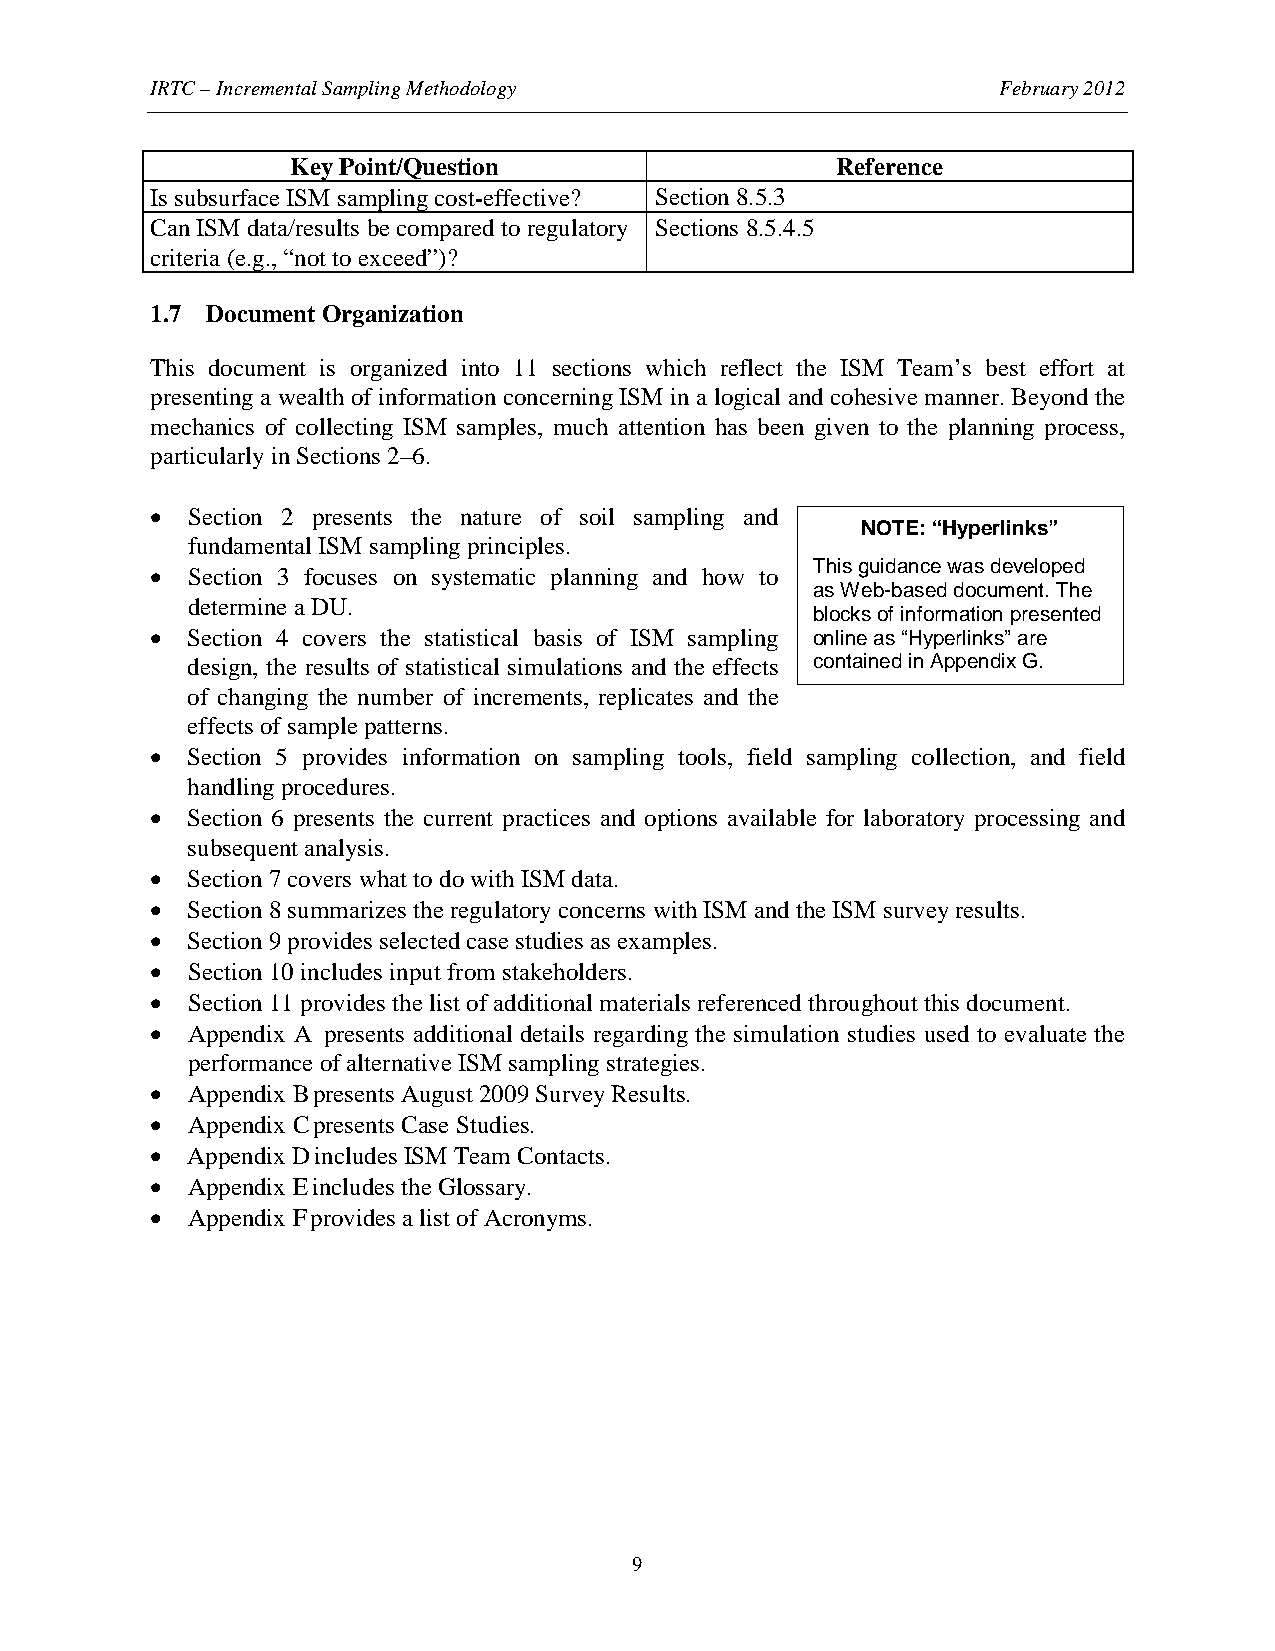
IRTC – Incremental Sampling Methodology                 February 2012
 Key Point/Question                  Reference
 Is subsurface ISM sampling cost-effective? Section 8.5.3
 Can ISM data/results be compared to regulatory Sections 8.5.4.5
 criteria (e.g., “not to exceed”)?
 1.7 Document Organization
 This document is organized into 11 sections which reflect the ISM Team’s best effort at
 presenting a wealth of information concerning ISM in a logical and cohesive manner. Beyond the
 mechanics of collecting ISM samples, much attention has been given to the planning process,
 particularly in Sections 2–6.
 • Section 2 presents the nature of soil sampling and
 NOTE: “Hyperlinks”
 fundamental ISM sampling principles.
 This guidance was developed
 • Section 3 focuses on systematic planning and how to
 as Web-based document. The
 determine a DU.
 blocks of information presented
 • Section 4 covers the statistical basis of ISM sampling online as “Hyperlinks” are
 design, the results of statistical simulations and the effects contained in Appendix G.
 of changing the number of increments, replicates and the
 effects of sample patterns.
 • Section 5 provides information on sampling tools, field sampling collection, and field
 handling procedures.
 • Section 6 presents the current practices and options available for laboratory processing and
 subsequent analysis.
 • Section 7 covers what to do with ISM data.
 • Section 8 summarizes the regulatory concerns with ISM and the ISM survey results.
 • Section 9 provides selected case studies as examples.
 • Section 10 includes input from stakeholders.
 • Section 11 provides the list of additional materials referenced throughout this document.
 • Appendix A presents additional details regarding the simulation studies used to evaluate the
 performance of alternative ISM sampling strategies.
 • Appendix Bpresents August 2009 Survey Results.
 • Appendix Cpresents Case Studies.
 • Appendix Dincludes ISM Team Contacts.
 • Appendix Eincludes the Glossary.
 • Appendix Fprovides a list of Acronyms.
 9